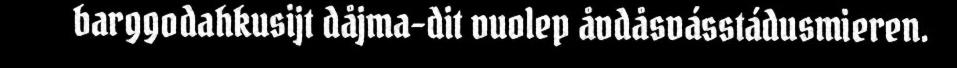
barggodahkusijt dåjma-dit vuolep åvdåsvásstádusmieren.